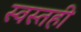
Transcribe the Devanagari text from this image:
स्वस्तही